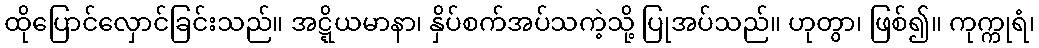
ထိုပြောင်လှောင်ခြင်းသည်။ အဋ္ဋိယမာနာ၊ နှိပ်စက်အပ်သကဲ့သို့ ပြုအပ်သည်။ ဟုတွာ၊ ဖြစ်၍။ ကုက္ကုရံ၊